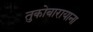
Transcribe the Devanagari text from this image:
तुकोबारायाना